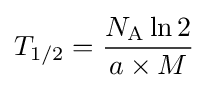
T_{1/2}={\frac {N_{\text{A}}\ln 2}{a\times M}}